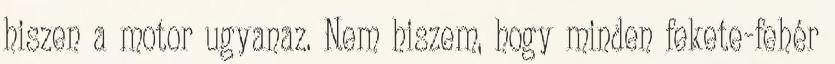
hiszen a motor ugyanaz. Nem hiszem, hogy minden fekete-fehér